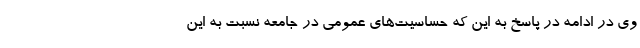
وی در ادامه در پاسخ به این که حساسیت‌های عمومی در جامعه نسبت به این